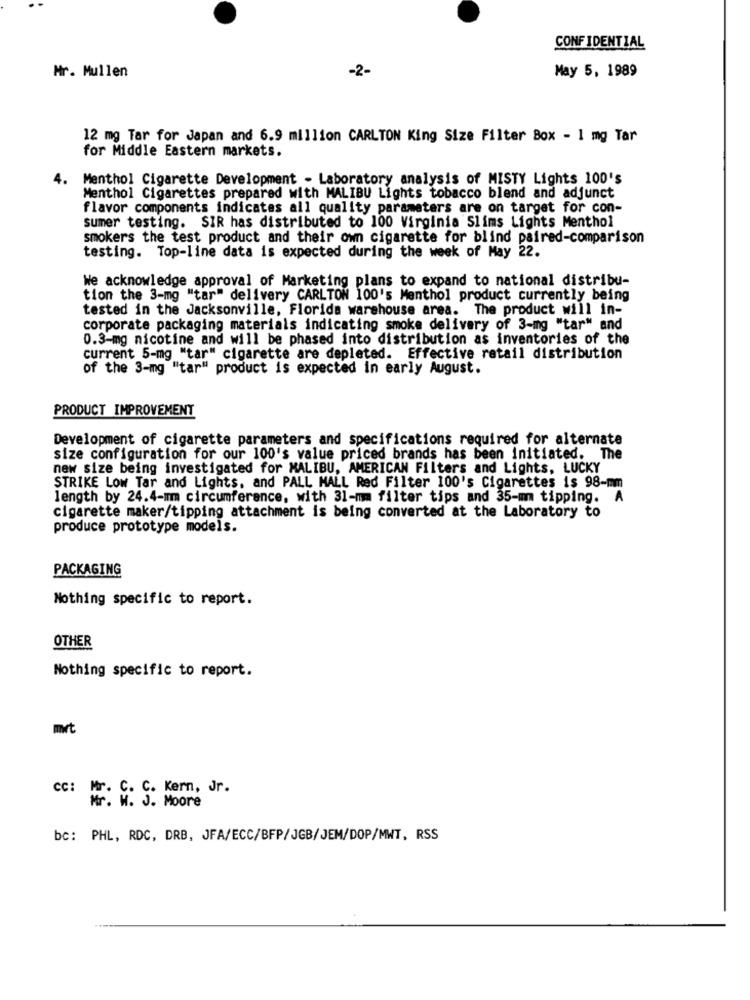
CONFIDENTIAL
Mr. Mullen
-2-
May 5, 1989
12 mg Tar for Japan and 6.9 million CARLTON King Size Filter Box - 1 mg Tar
for Middle Eastern markets.
4. Menthol Cigarette Development - Laboratory analysis of MISTY Lights 100's
Menthol Cigarettes prepared with MALIBU Lights tobacco blend and adjunct
flavor components indicates all quality parameters are on target for con-
sumer testing. SIR has distributed to 100 Virginia Slims Lights Menthol
smokers the test product and their own cigarette for blind paired-comparison
testing. Top-line data is expected during the week of May 22.
We acknowledge approval of Marketing plans to expand to national distribu-
tion the 3-mg "tar" delivery CARLTON 100's Menthol product currently being
tested in the Jacksonville, Florida warehouse area. The product will in-
corporate packaging materials indicating smoke delivery of 3-mg "tar" and
0.3-mg nicotine and will be phased into distribution as inventories of the
current 5-mg "tar" cigarette are depleted. Effective retail distribution
of the 3-mg "tar" product is expected in early August.
PRODUCT IMPROVEMENT
Development of cigarette parameters and specifications required for alternate
size configuration for our 100's value priced brands has been initiated. The
new size being investigated for MALIBU, AMERICAN Filters and Lights, LUCKY
STRIKE Low Tar and Lights, and PALL MALL Red Filter 100's Cigarettes is 98-mm
length by 24.4-mm circumference, with 31-mm filter tips and 35-mm tipping. A
cigarette maker/tipping attachment is being converted at the Laboratory to
produce prototype models.
PACKAGING
Nothing specific to report.
OTHER
Nothing specific to report.
mert
CC: Mr. C. C. Kern, Jr.
Mr. M. J. Moore
bc: PHL, RDC, DRB, JFA/ECC/BFP/JGB/JEM/DOP/MWT, RSS